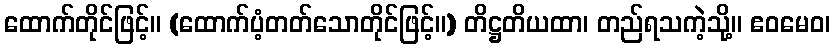
ထောက်တိုင်ဖြင့်။ (ထောက်ပံ့တတ်သောတိုင်ဖြင့်။) တိဋ္ဌတိယထာ၊ တည်ရသကဲ့သို့။ ဧဝမေဝ၊